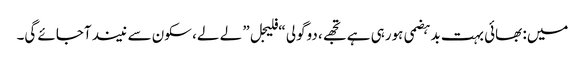
میں: بھائی بہت بدہضمی ہورہی ہے تجھے، دوگولی “فلیجل” لے لے، سکون سے نیند آجائے گی۔